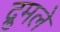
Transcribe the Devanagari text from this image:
द्रुमले